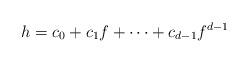
LaTeX: \begin{align*}h=c_0+c_1f+\cdots+c_{d-1}f^{d-1}\end{align*}